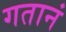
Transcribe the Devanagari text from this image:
गतानं